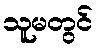
သူမတွင်